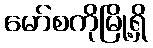
မော်စကိုမြို့ရှိ